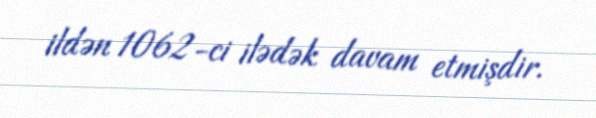
ildən 1062-ci ilədək davam etmişdir.